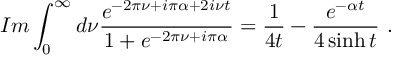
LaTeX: I m \int _ { 0 } ^ { \infty } d \nu \frac { e ^ { - 2 \pi \nu + i \pi \alpha + 2 i \nu t } } { 1 + e ^ { - 2 \pi \nu + i \pi \alpha } } = \frac { 1 } { 4 t } - \frac { e ^ { - \alpha t } } { 4 \sinh t } \ .